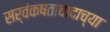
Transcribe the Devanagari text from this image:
सर्वंकषतावादाच्या